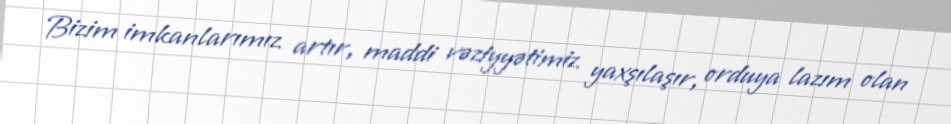
Bizim imkanlarımız artır, maddi vəziyyətimiz yaxşılaşır, orduya lazım olan